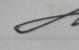
Signature authenticity: genuine